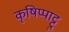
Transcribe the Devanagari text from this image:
कृषिप्पाट्टु